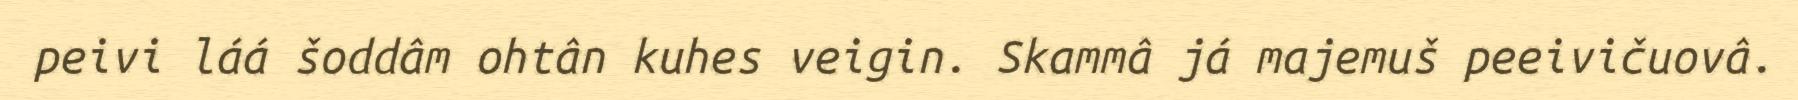
peivi láá šoddâm ohtân kuhes veigin. Skammâ já majemuš peeivičuovâ.